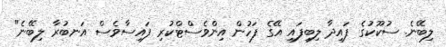
ލިބޭނެ. ސުކޫކުގެ ފައިދާ ލިބިފައި އޭގެ ފަހުން އިންވެސްޓްކުރި ފައިސާވެސް އަނބުރާ ލިބޭނެ"